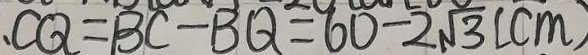
C Q = B C - B Q = 6 0 - 2 \sqrt { 3 } ( c m )